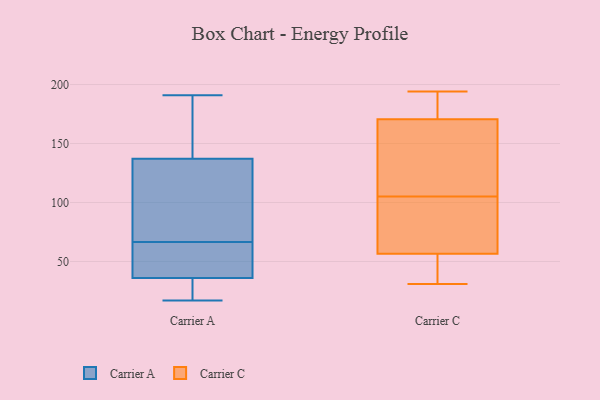
{"axis": {"x": "Energy Usage (MWh)", "y": "Value"}, "legend": ["Carrier A", "Carrier C"], "data": [{"x": "", "y": 130, "type": "Carrier A"}, {"x": "", "y": 56, "type": "Carrier A"}, {"x": "", "y": 58, "type": "Carrier A"}, {"x": "", "y": 161, "type": "Carrier A"}, {"x": "", "y": 102, "type": "Carrier A"}, {"x": "", "y": 54, "type": "Carrier A"}, {"x": "", "y": 181, "type": "Carrier A"}, {"x": "", "y": 27, "type": "Carrier A"}, {"x": "", "y": 120, "type": "Carrier A"}, {"x": "", "y": 36, "type": "Carrier A"}, {"x": "", "y": 26, "type": "Carrier A"}, {"x": "", "y": 75, "type": "Carrier A"}, {"x": "", "y": 96, "type": "Carrier A"}, {"x": "", "y": 17, "type": "Carrier A"}, {"x": "", "y": 24, "type": "Carrier A"}, {"x": "", "y": 36, "type": "Carrier A"}, {"x": "", "y": 144, "type": "Carrier A"}, {"x": "", "y": 36, "type": "Carrier A"}, {"x": "", "y": 191, "type": "Carrier A"}, {"x": "", "y": 181, "type": "Carrier A"}, {"x": "", "y": 163, "type": "Carrier C"}, {"x": "", "y": 194, "type": "Carrier C"}, {"x": "", "y": 86, "type": "Carrier C"}, {"x": "", "y": 168, "type": "Carrier C"}, {"x": "", "y": 59, "type": "Carrier C"}, {"x": "", "y": 54, "type": "Carrier C"}, {"x": "", "y": 173, "type": "Carrier C"}, {"x": "", "y": 152, "type": "Carrier C"}, {"x": "", "y": 41, "type": "Carrier C"}, {"x": "", "y": 31, "type": "Carrier C"}, {"x": "", "y": 67, "type": "Carrier C"}, {"x": "", "y": 31, "type": "Carrier C"}, {"x": "", "y": 185, "type": "Carrier C"}, {"x": "", "y": 133, "type": "Carrier C"}, {"x": "", "y": 190, "type": "Carrier C"}, {"x": "", "y": 33, "type": "Carrier C"}, {"x": "", "y": 185, "type": "Carrier C"}, {"x": "", "y": 100, "type": "Carrier C"}, {"x": "", "y": 110, "type": "Carrier C"}, {"x": "", "y": 86, "type": "Carrier C"}]}